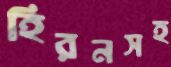
হিরনসহ